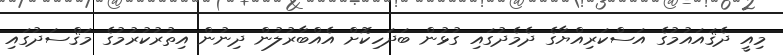
މިއީ ދެޤައައުމުގެ އަސްކަރިއްޔާގެ ދެމެދުގައި ގުޅުން ބަދަހިކޮށް އެއްބާރުލުން ދިނުން އިތުރުކުރުމުގެ މަޤްސަދުގައި